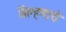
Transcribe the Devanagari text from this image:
बिल्हणाचे